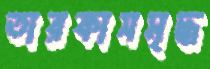
তারকাসমৃদ্ধ